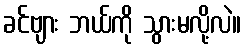
ခင်ဗျား ဘယ်ကို သွားမလို့လဲ။